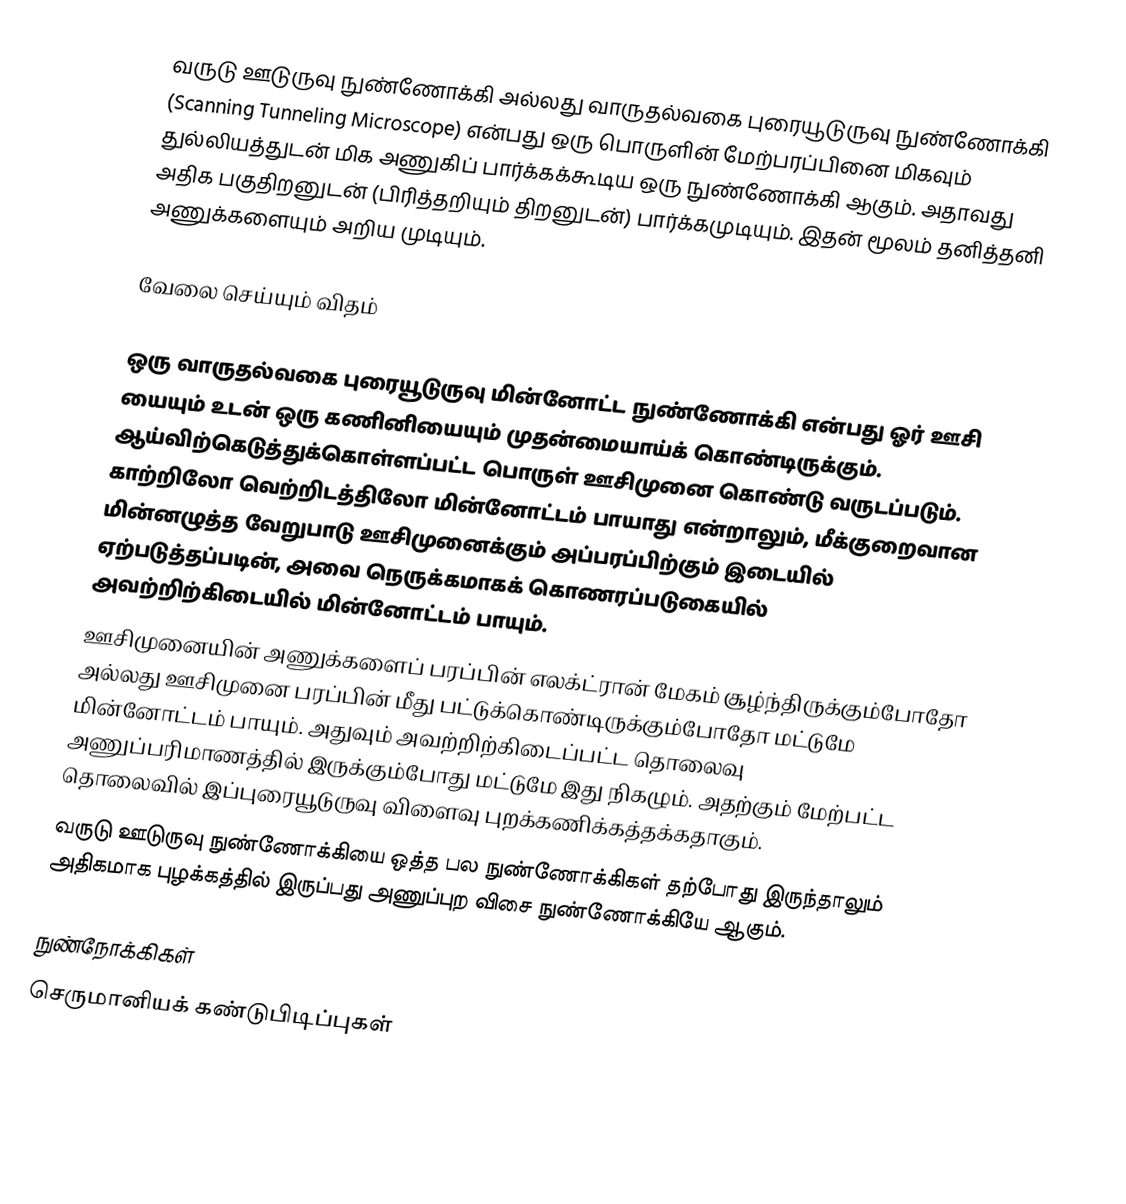
வருடு ஊடுருவு நுண்ணோக்கி அல்லது வாருதல்வகை புரையூடுருவு நுண்ணோக்கி (Scanning Tunneling Microscope) என்பது ஒரு பொருளின் மேற்பரப்பினை மிகவும் துல்லியத்துடன் மிக அணுகிப் பார்க்கக்கூடிய ஒரு நுண்ணோக்கி ஆகும். அதாவது அதிக பகுதிறனுடன் (பிரித்தறியும் திறனுடன்) பார்க்கமுடியும். இதன் மூலம் தனித்தனி அணுக்களையும் அறிய முடியும்.

வேலை செய்யும் விதம்

ஒரு வாருதல்வகை புரையூடுருவு மின்னோட்ட நுண்ணோக்கி என்பது ஓர் ஊசி யையும் உடன் ஒரு கணினியையும் முதன்மையாய்க் கொண்டிருக்கும். ஆய்விற்கெடுத்துக்கொள்ளப்பட்ட பொருள் ஊசிமுனை கொண்டு வருடப்படும். காற்றிலோ வெற்றிடத்திலோ மின்னோட்டம் பாயாது என்றாலும், மீக்குறைவான மின்னழுத்த வேறுபாடு ஊசிமுனைக்கும் அப்பரப்பிற்கும் இடையில் ஏற்படுத்தப்படின், அவை நெருக்கமாகக் கொணரப்படுகையில் அவற்றிற்கிடையில் மின்னோட்டம் பாயும்.
ஊசிமுனையின் அணுக்களைப் பரப்பின் எலக்ட்ரான் மேகம் சூழ்ந்திருக்கும்போதோ அல்லது ஊசிமுனை பரப்பின் மீது பட்டுக்கொண்டிருக்கும்போதோ மட்டுமே மின்னோட்டம் பாயும். அதுவும் அவற்றிற்கிடைப்பட்ட தொலைவு அணுப்பரிமாணத்தில் இருக்கும்போது மட்டுமே இது நிகழும். அதற்கும் மேற்பட்ட தொலைவில் இப்புரையூடுருவு விளைவு புறக்கணிக்கத்தக்கதாகும்.
வருடு ஊடுருவு நுண்ணோக்கியை ஒத்த பல நுண்ணோக்கிகள் தற்போது இருந்தாலும் அதிகமாக புழக்கத்தில் இருப்பது அணுப்புற விசை நுண்ணோக்கியே ஆகும்.

நுண்நோக்கிகள்
செருமானியக் கண்டுபிடிப்புகள்